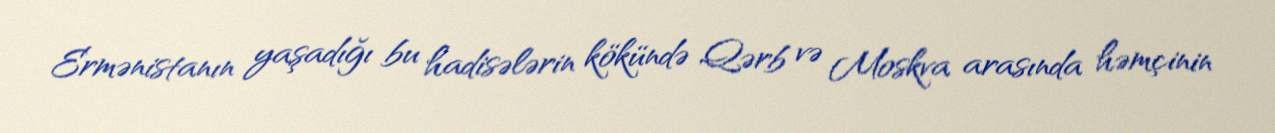
Ermənistanın yaşadığı bu hadisələrin kökündə Qərb və Moskva arasında həmçinin